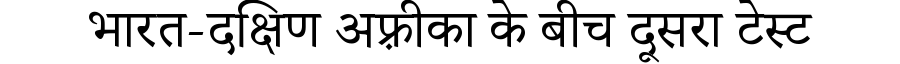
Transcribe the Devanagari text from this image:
भारत-दक्षिण अफ़्रीका के बीच दूसरा टेस्ट